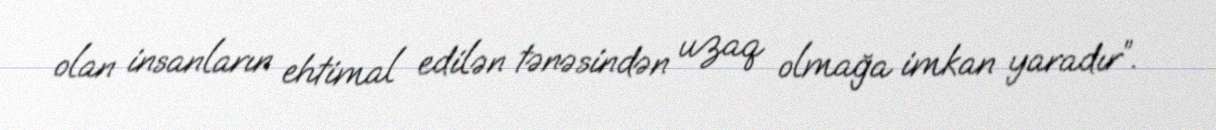
olan insanların ehtimal edilən tənəsindən uzaq olmağa imkan yaradır”.